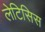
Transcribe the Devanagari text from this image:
लेटिसिस